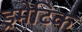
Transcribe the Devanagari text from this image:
ड्रमेटिक